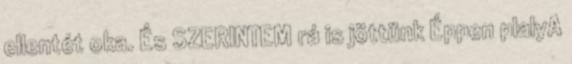
ellentét oka. És SZERINTEM rá is jöttünk Éppen plalyA